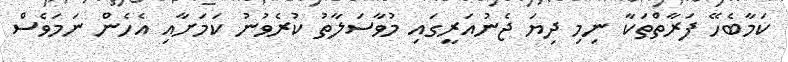
ކަމާބެހޭ ފަރާތްތަކާ ނިމި ދިޔަ ޖެނުއަރީގައި މުވާސަލާތު ކުރެވުނު ކަމަށާއި އެހެން ނަމަވެސް